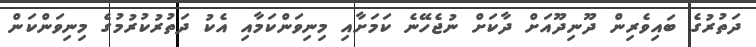
ދަތުރުގެ ބައިވެރިން ދޫނިދޫއަށް ދާކަށް ނުޖެހޭނެ ކަމަށާއި މިނިވަންކަމާއި އެކު ދަތުރުކުރުމުގެ މިނިވަންކަން